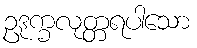
ဥဒုက္ခလုတ္တရပါသော